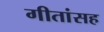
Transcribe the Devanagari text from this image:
गीतांसह